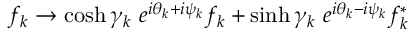
f _ { k } \rightarrow \cosh \gamma _ { k } \ e ^ { i \theta _ { k } + i \psi _ { k } } f _ { k } + \sinh \gamma _ { k } \ e ^ { i \theta _ { k } - i \psi _ { k } } f _ { k } ^ { * }